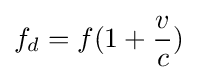
f_{d}=f(1+{\frac {v}{c}})